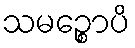
သမဉ္စောပိ